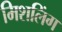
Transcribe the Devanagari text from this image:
मिशलिंग